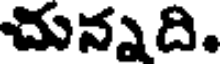
చున్నది.